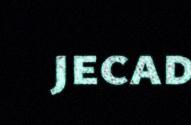
jecad